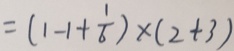
= ( 1 - 1 + \frac { 1 } { 6 } ) \times ( 2 + 3 )